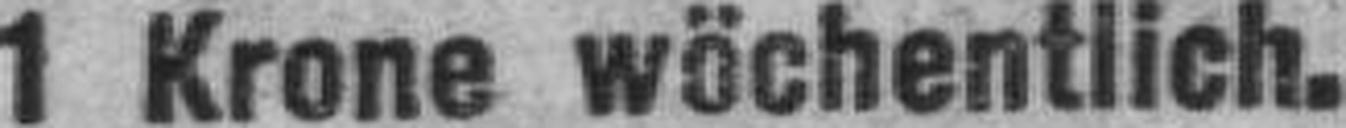
1 Krone wöchentlich.